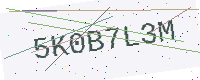
Text: 5K0B7L3M